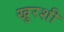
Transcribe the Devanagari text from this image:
खुरशी